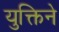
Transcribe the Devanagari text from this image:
युक्तिने